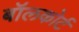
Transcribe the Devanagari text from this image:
बॉलकोर्ट